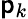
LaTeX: \mathsf{p}_{k}